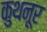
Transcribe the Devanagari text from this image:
कुथनूर